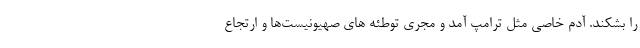
را بشکند. آدم خاصی مثل ترامپ آمد و مجری توطئه های صهیونیست‌ها و ارتجاع